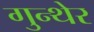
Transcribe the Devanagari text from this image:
गुन्थेर